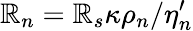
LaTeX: {\cal\mathbb{R}}_{n}={\cal\mathbb{R}}_{s}\kappa\rho_{n}/\eta_{n}^{\prime}